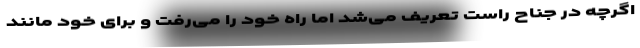
اگرچه در جناح راست تعریف می‌شد اما راه خود را می‌رفت و برای خود مانند